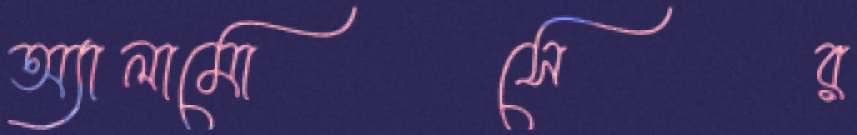
অ্যালামোসের